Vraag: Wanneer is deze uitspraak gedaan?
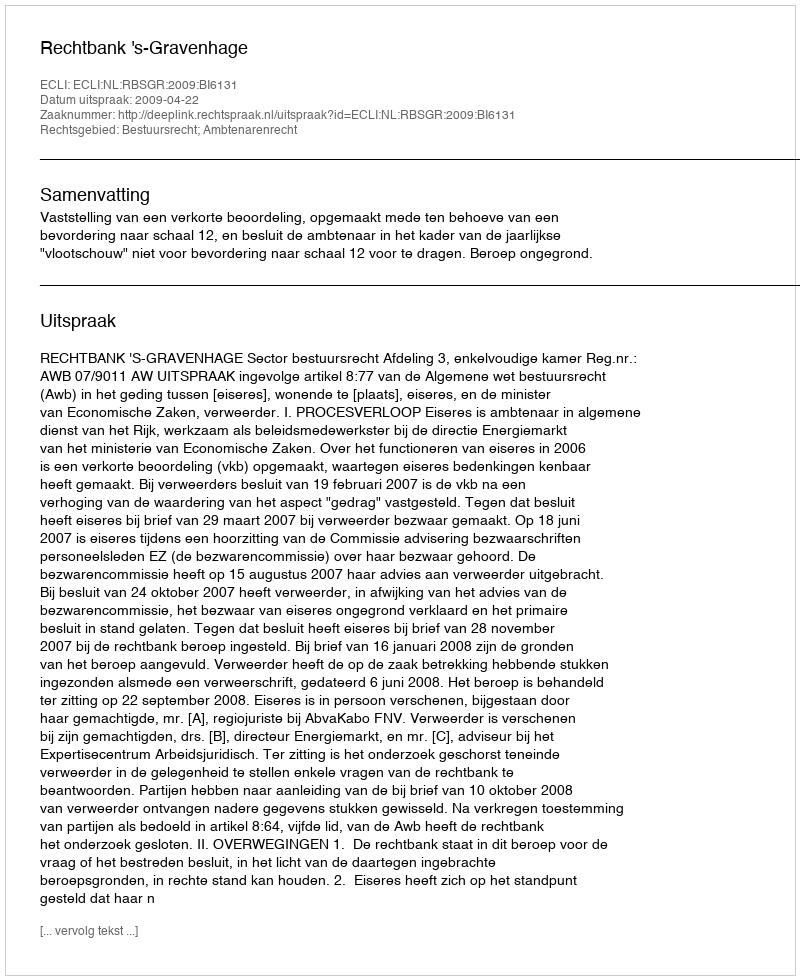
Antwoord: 2009-04-22